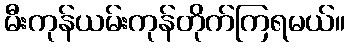
မီးကုန်ယမ်းကုန်တိုက်ကြရမယ်။